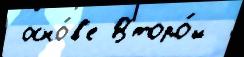
 осно́в'е Второ́й